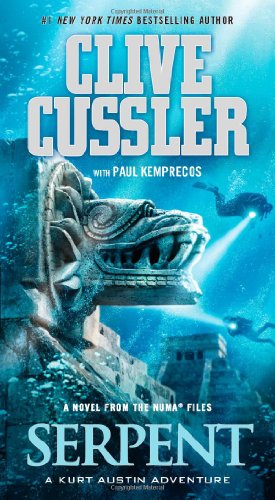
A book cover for Serpent: A Novel from the NUMA Files; Clive Cussler; Mystery, Thriller & Suspense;